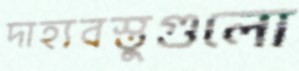
দাহ্যবস্তুগুলো